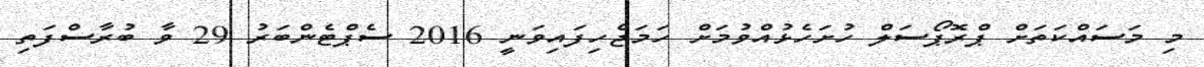
މި މަސައްކަތަށް ޕްރޮޕޯސަލް ހުށަހެޅުއްވުމަށް ހަމަޖެހިފައިވަނީ 2016 ސެޕްޓެންބަރު 29 ވާ ބުރާސްފަތި